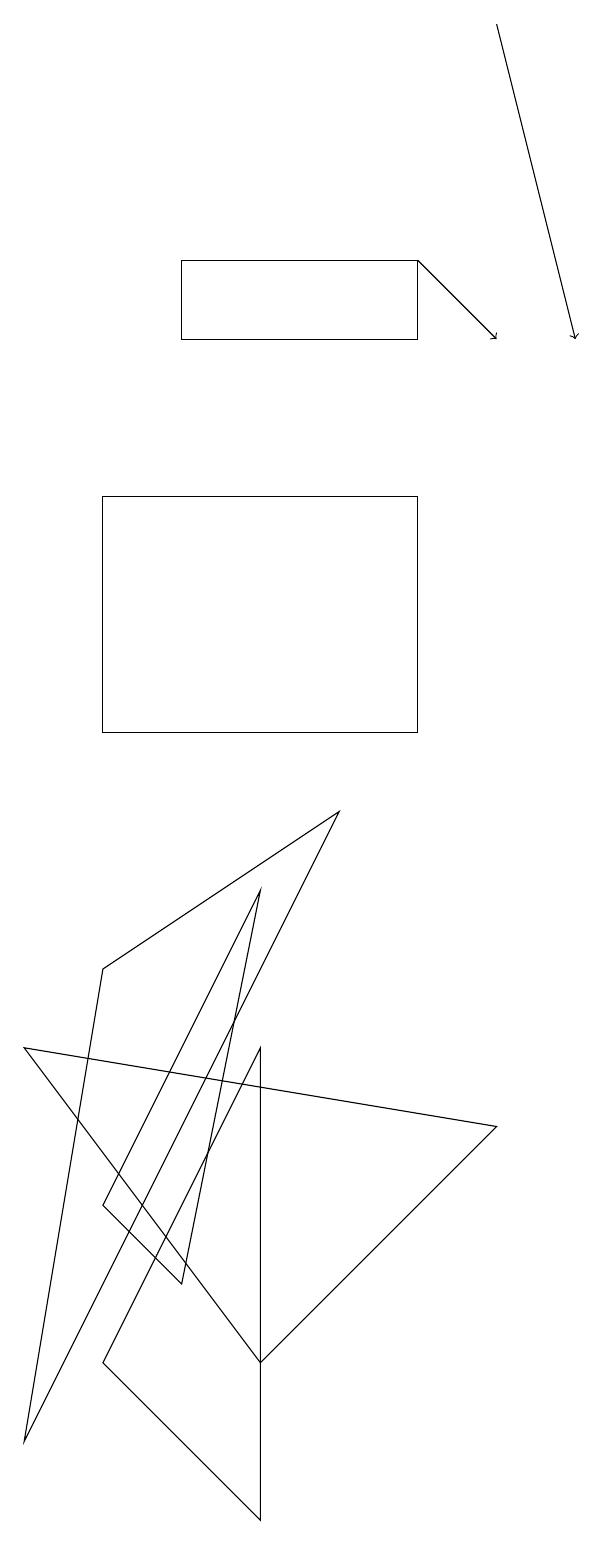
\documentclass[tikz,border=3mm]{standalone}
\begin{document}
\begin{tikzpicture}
\draw[->] (6,19) -- (7,15);
\draw (2,16) rectangle (5,15);
\draw[->] (5,16) -- (6,15);
\draw (3,2) -- (0,6) -- (6,5) -- cycle;
\draw (3,0) -- (3,6) -- (1,2) -- cycle;
\draw (1,4) -- (2,3) -- (3,8) -- cycle;
\draw (1,10) rectangle (5,13);
\draw (0,1) -- (1,7) -- (4,9) -- cycle;
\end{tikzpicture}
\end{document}